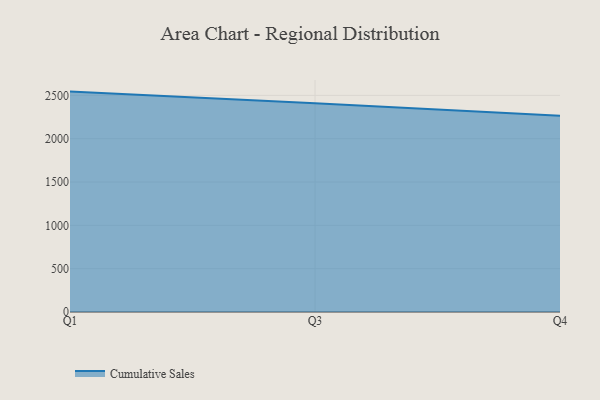
{"axis": {"x": "Quarter", "y": "Budget (USD K)"}, "legend": ["Cumulative Sales"], "data": [{"x": "Q1", "y": 2543.5, "type": "Cumulative Sales"}, {"x": "Q3", "y": 2409.3, "type": "Cumulative Sales"}, {"x": "Q4", "y": 2266.1, "type": "Cumulative Sales"}]}